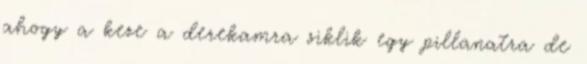
ahogy a keze a derekamra siklik egy pillanatra de